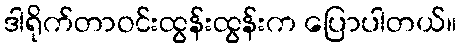
ဒါရိုက်တာဝင်းထွန်းထွန်းက ပြောပါတယ်။